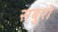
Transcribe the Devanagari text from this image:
सबुरो